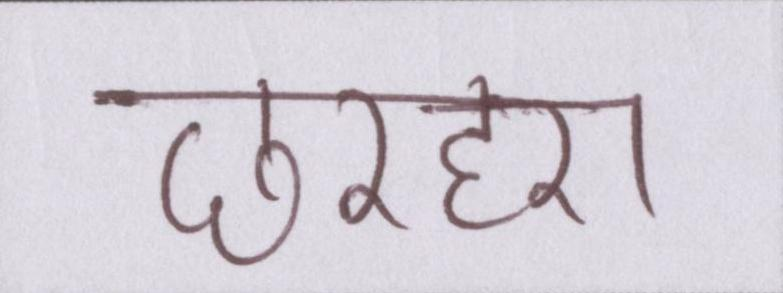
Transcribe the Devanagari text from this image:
छरहरा